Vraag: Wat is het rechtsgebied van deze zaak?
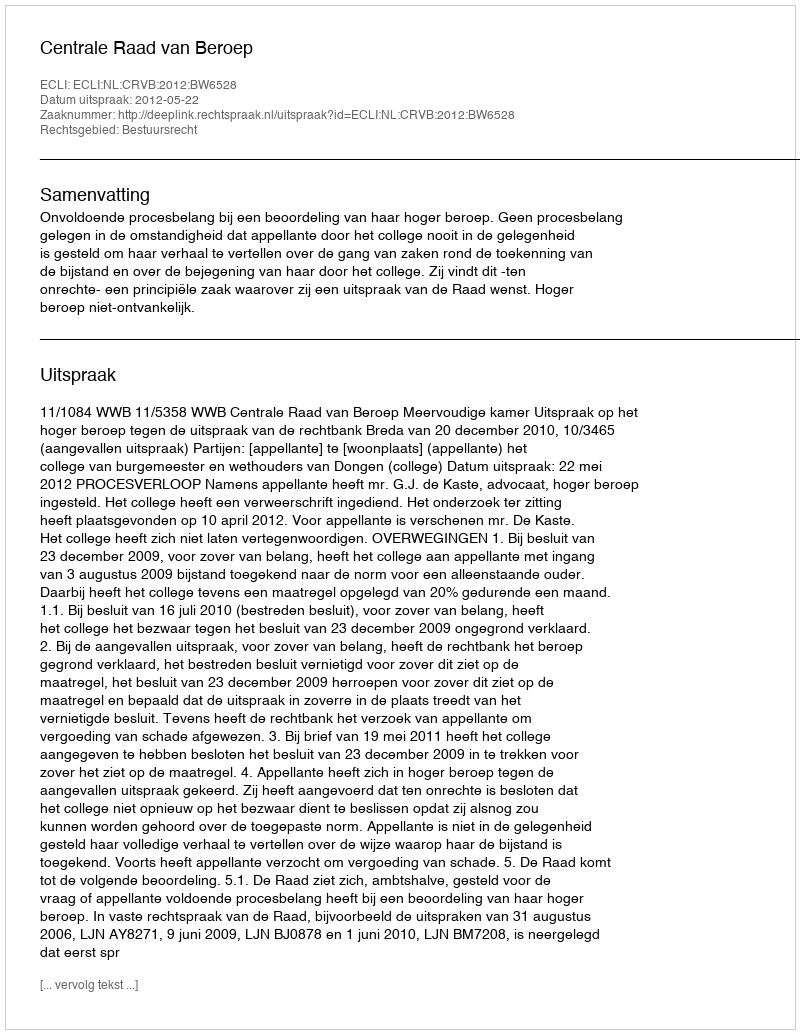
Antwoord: Bestuursrecht